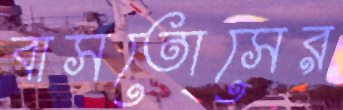
বাসতোসের